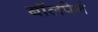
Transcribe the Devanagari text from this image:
बॉलपेनं